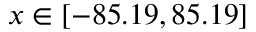
x \in [ - 8 5 . 1 9 , 8 5 . 1 9 ]